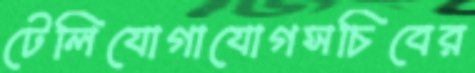
টেলিযোগাযোগসচিবের